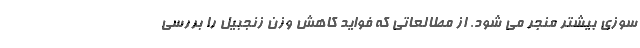
سوزی بیشتر منجر می شود. از مطالعاتی که فواید کاهش وزن زنجبیل را بررسی